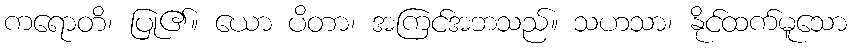
ကရောတိ၊ ပြု၏။ ယော ပိတာ၊ အကြင်အဘသည်။ သဟသာ၊ နိုင်ထက်မူသော